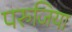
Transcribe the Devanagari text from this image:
परुजिया